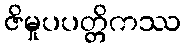
ဇိမှုပပတ္တိကဿ